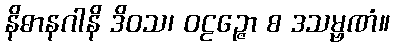
နိဓာနဂါနိ ဒိဝသ၊ ဝဠဉ္ဇော စ ဒသမ္ဗဏံ။